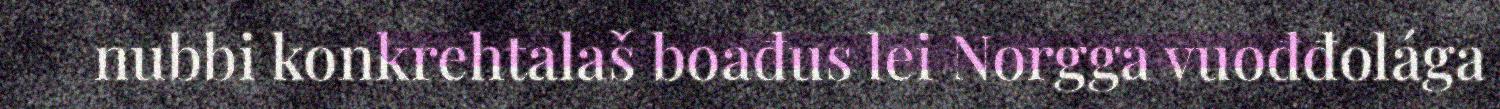
nubbi konkrehtalaš boađus lei Norgga vuođđolága